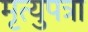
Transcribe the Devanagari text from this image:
मृत्युपत्रा